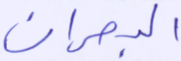
البحران